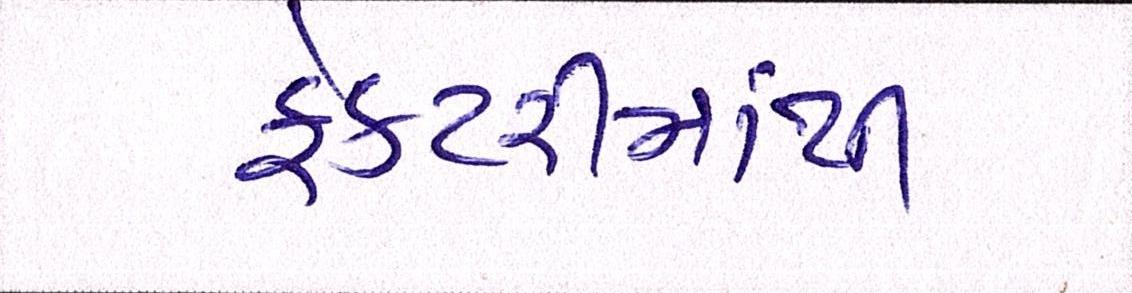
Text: ફેકટરીમાંથી